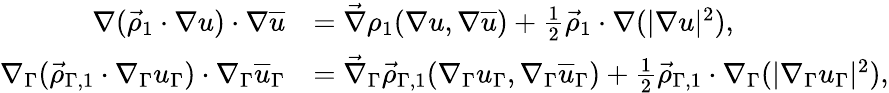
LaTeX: \begin{array}{rl}{\nabla(\vec{\rho}_{1}\cdot\nabla u)\cdot\nabla\overline{{u}}}&{=\vec{\nabla}\rho_{1}(\nabla u,\nabla\overline{{u}})+\frac{1}{2}\vec{\rho}_{1}\cdot\nabla(|\nabla u|^{2}),}\\ {\nabla_{\Gamma}(\vec{\rho}_{\Gamma,1}\cdot\nabla_{\Gamma}u_{\Gamma})\cdot\nabla_{\Gamma}\overline{{u}}_{\Gamma}}&{=\vec{\nabla}_{\Gamma}\vec{\rho}_{\Gamma,1}(\nabla_{\Gamma}u_{\Gamma},\nabla_{\Gamma}\overline{{u}}_{\Gamma})+\frac{1}{2}\vec{\rho}_{\Gamma,1}\cdot\nabla_{\Gamma}(|\nabla_{\Gamma}u_{\Gamma}|^{2}),}\end{array}